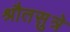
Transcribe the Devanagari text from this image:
श्रौतसुत्रे